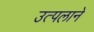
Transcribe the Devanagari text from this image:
उत्पलाने